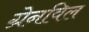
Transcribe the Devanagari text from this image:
ग्रेनविल